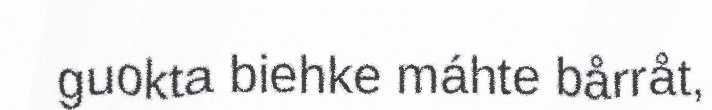
guokta biehke máhte bårråt,